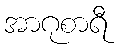
အာဂုစာရီ